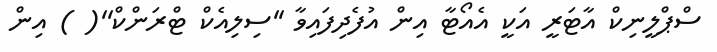
ސްޕްލީނިކް އާޓަރީ އަކީ އެއޯޓާ އިން އުފެދިފައިވާ ''ސިލިއެކް ޓްރަންކް''( ) އިން